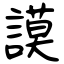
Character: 謨